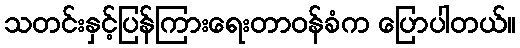
သတင်းနှင့်ပြန်ကြားရေးတာဝန်ခံက ပြောပါတယ်။